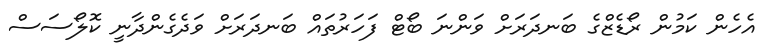
އެހެން ކަމުން ރޯޑެޒްގެ ބަނދަރަށް ވަންނަ ބޯޓް ފަހަރުތައް ބަނދަރަށް ވަދެގެންދާނީ ކޮލޯސަސް